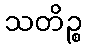
သတိဉ္စ